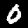
Label: 0